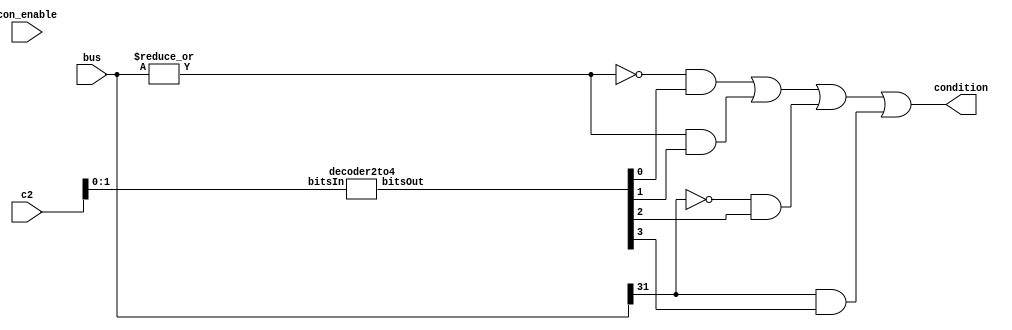
module conff(input [31:0] bus, input [3:0] c2, input con_enable, output reg condition);

    wire norGate, equals0, not0, greatereq0, less0, orGate;
    wire [3:0] c2Decoded;

    initial begin
        condition = 1'b0;
    end

    assign norGate =  ~|bus;

	decoder2to4 decoder1(c2[1:0], c2Decoded);


	assign equals0 = norGate & c2Decoded[0];
	assign not0 = !norGate & c2Decoded[1];
	assign greatereq0 = !bus[31] & c2Decoded[2];
	assign less0 = bus[31] & c2Decoded[3];

	assign orGate = equals0 | not0 | greatereq0 | less0;
	
    //d flip flop
    always @(con_enable) begin
        condition <= orGate;
    end
endmodule
	


module decoder2to4(input [1:0] bitsIn, output reg [3:0] bitsOut);

always @(*) begin
    
    bitsOut = 4'b0;

    

    case (bitsIn)
        2'b00: bitsOut[0] = 1'b1;
        2'b01: bitsOut[1] = 1'b1;
        2'b10: bitsOut[2] = 1'b1;
        2'b11: bitsOut[3] = 1'b1;
    endcase
end

endmodule